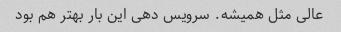
عالی مثل همیشه. سرویس دهی این بار بهتر هم بود